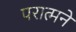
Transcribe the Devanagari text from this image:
परात्मने